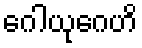
ဂေါယုဂေဟိ